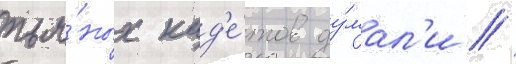
пья́ных кад'е́тов ду́мал'и /